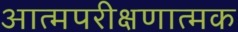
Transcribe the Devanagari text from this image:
आत्मपरीक्षणात्मक